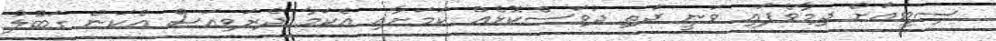
ސިޓީއަށް ދިމާވެފައި ވަނީ ދަތި ދުވަސްކޮޅެއް ކަމަށާއި އެކަމާ ދެރަވިއަސް އެކަން ގަބޫލު